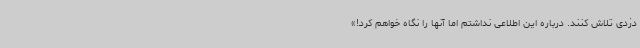
دزدی تلاش کنند. درباره این اطلاعی نداشتم اما آنها را نگاه خواهم کرد!»